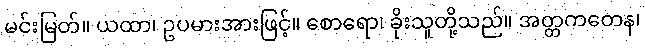
မင်းမြတ်။ ယထာ၊ ဥပမားအားဖြင့်။ စောရော၊ ခိုးသူတို့သည်။ အတ္တကတေန၊